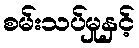
စမ်းသပ်မှုနှင့်